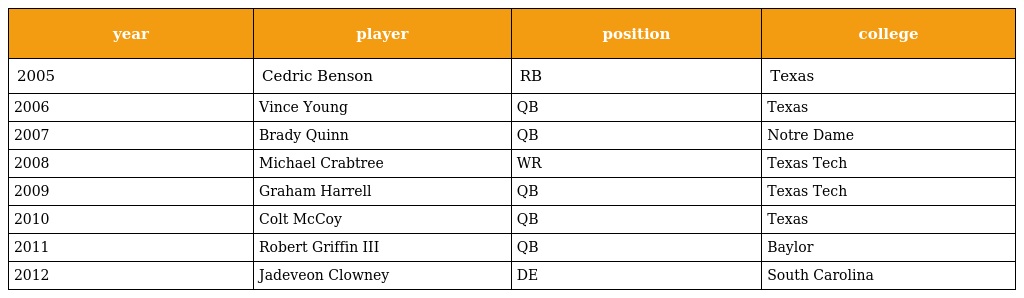
| year | player | position | college |
 | --- | --- | --- | --- |
 | 2005 | Cedric Benson | RB | Texas |
 | 2006 | Vince Young | QB | Texas |
 | 2007 | Brady Quinn | QB | Notre Dame |
 | 2008 | Michael Crabtree | WR | Texas Tech |
 | 2009 | Graham Harrell | QB | Texas Tech |
 | 2010 | Colt McCoy | QB | Texas |
 | 2011 | Robert Griffin III | QB | Baylor |
 | 2012 | Jadeveon Clowney | DE | South Carolina |